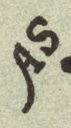
AS